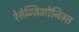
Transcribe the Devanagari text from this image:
रेतेन्तिओनिस्त